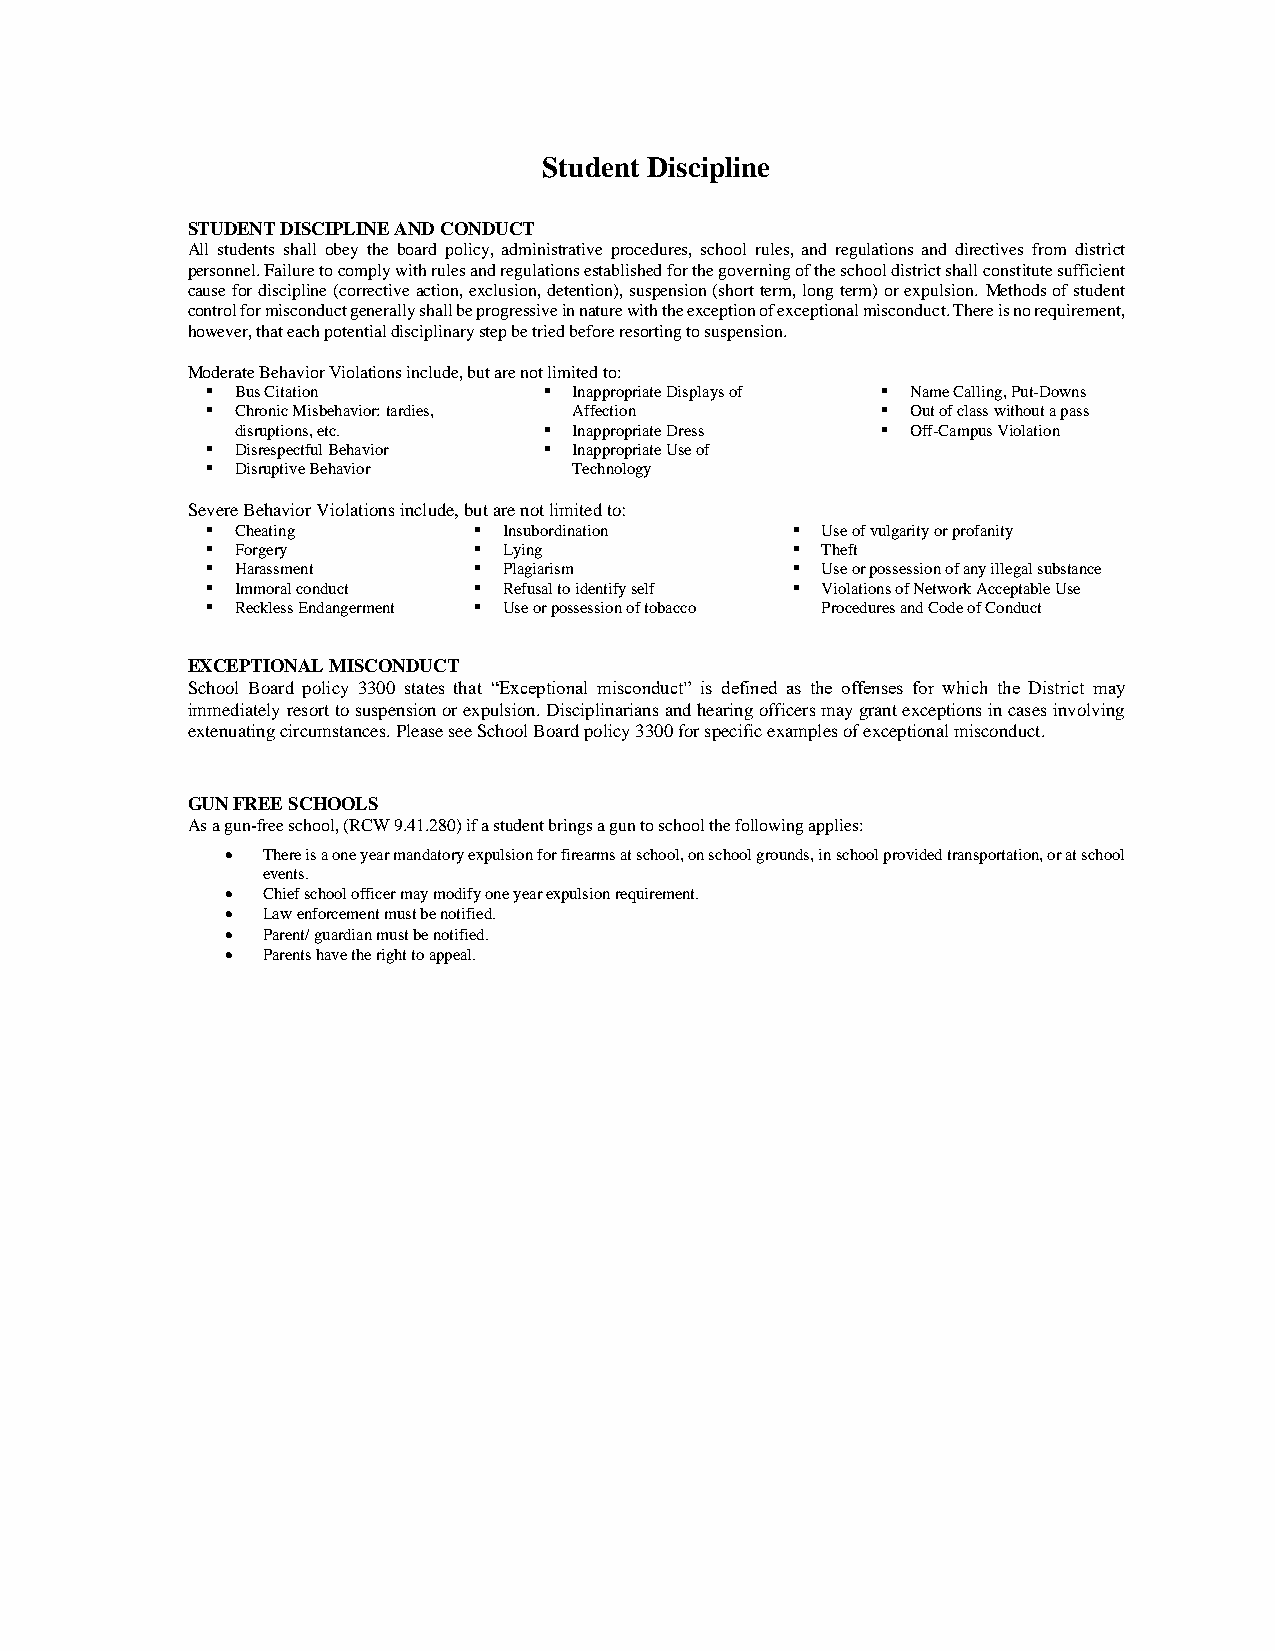
Student Discipline
 STUDENT DISCIPLINE AND CONDUCT
 All students shall obey the board policy, administrative procedures, school rules, and regulations and directives from district
 personnel. Failure to comply with rules and regulations established for the governing of the school district shall constitute sufficient
 cause for discipline (corrective action, exclusion, detention), suspension (short term, long term) or expulsion. Methods of student
 control for misconduct generally shall be progressive in nature with the exception of exceptional misconduct. There is no requirement,
 however, that each potential disciplinary step be tried before resorting to suspension.
 Moderate Behavior Violations include, but are not limited to:
 ▪ Bus Citation        ▪ Inappropriate Displays of ▪ Name Calling, Put-Downs
 ▪ Chronic Misbehavior: tardies, Affection   ▪ Out of class without a pass
 disruptions, etc.   ▪ Inappropriate Dress ▪ Off-Campus Violation
 ▪ Disrespectful Behavior ▪ Inappropriate Use of
 ▪ Disruptive Behavior   Technology
 Severe Behavior Violations include, but are not limited to:
 ▪ Cheating       ▪ Insubordination     ▪ Use of vulgarity or profanity
 ▪ Forgery        ▪ Lying               ▪ Theft
 ▪ Harassment     ▪ Plagiarism          ▪ Use or possession of any illegal substance
 ▪ Immoral conduct ▪ Refusal to identify self ▪ Violations of Network Acceptable Use
 ▪ Reckless Endangerment ▪ Use or possession of tobacco Procedures and Code of Conduct
 EXCEPTIONAL MISCONDUCT
 School Board policy 3300 states that “Exceptional misconduct” is defined as the offenses for which the District may
 immediately resort to suspension or expulsion. Disciplinarians and hearing officers may grant exceptions in cases involving
 extenuating circumstances. Please see School Board policy 3300 for specific examples of exceptional misconduct.
 GUN FREE SCHOOLS
 As a gun-free school, (RCW 9.41.280) if a student brings a gun to school the following applies:
 • There is a one year mandatory expulsion for firearms at school, on school grounds, in school provided transportation, or at school
 events.
 • Chief school officer may modify one year expulsion requirement.
 • Law enforcement must be notified.
 • Parent/ guardian must be notified.
 • Parents have the right to appeal.